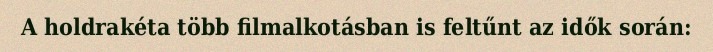
A holdrakéta több filmalkotásban is feltűnt az idők során: